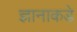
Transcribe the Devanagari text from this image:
ज्ञानाकडे